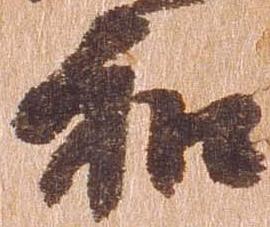
和